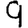
Digit: 9